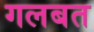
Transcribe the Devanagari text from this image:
गलबत